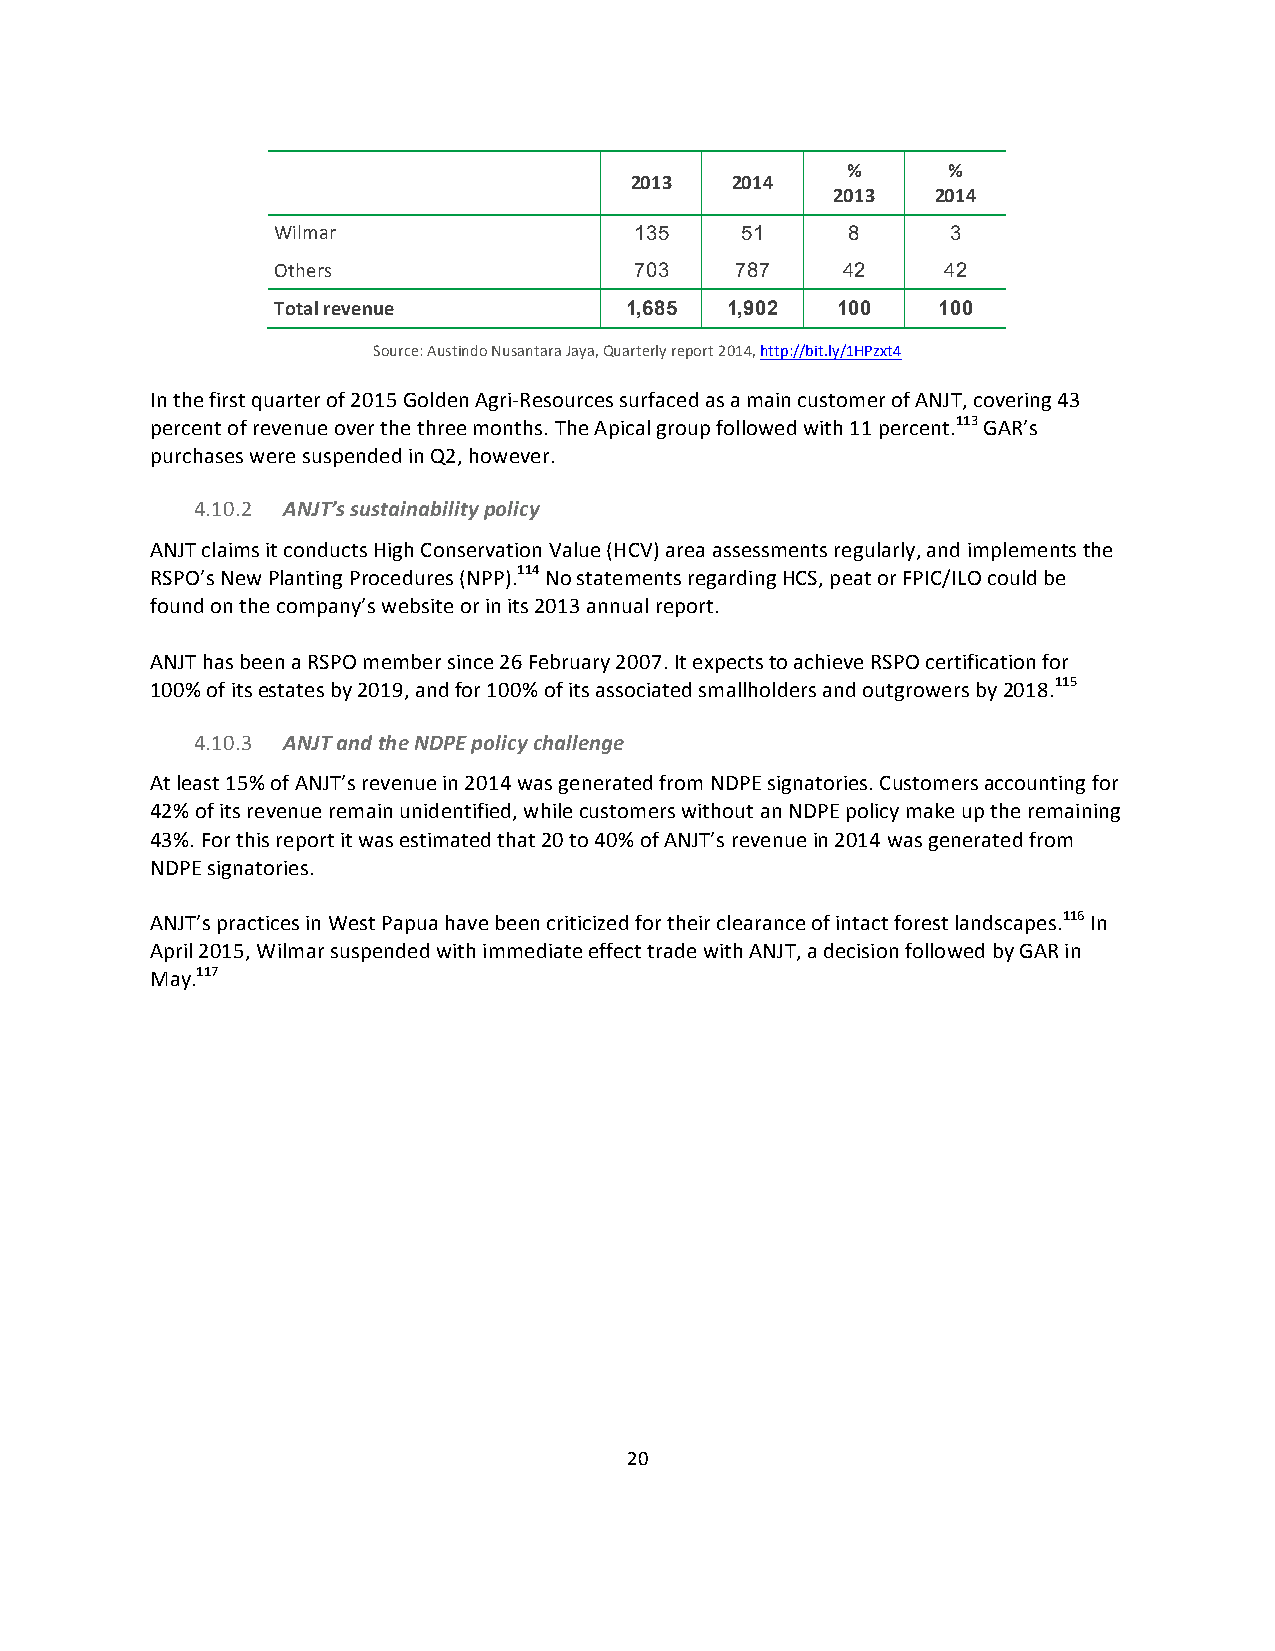
%      %
 2013  2014
 2013   2014
 Wilmar                  135    51     8      3
 Others                  703    787    42     42
 Total revenue          1,685  1,902  100    100
 Source: Austindo Nusantara Jaya, Quarterly report 2014, http://bit.ly/1HPzxt4
 In the first quarter of 2015 Golden Agri-­‐Resources surfaced as a main customer of ANJT, covering 43
 percent of revenue over the three months. The Apical group followed with 11 percent.113 GAR’s
 purchases were suspended in Q2, however.
 4.10.2 ANJT’s sustainability policy
 ANJT claims it conducts High Conservation Value (HCV) area assessments regularly, and implements the
 RSPO’s New Planting Procedures (NPP).114 No statements regarding HCS, peat or FPIC/ILO could be
 found on the company’s website or in its 2013 annual report.
 ANJT has been a RSPO member since 26 February 2007. It expects to achieve RSPO certification for
 100% of its estates by 2019, and for 100% of its associated smallholders and outgrowers by 2018.115
 4.10.3 ANJT and the NDPE policy challenge
 At least 15% of ANJT’s revenue in 2014 was generated from NDPE signatories. Customers accounting for
 42% of its revenue remain unidentified, while customers without an NDPE policy make up the remaining
 43%. For this report it was estimated that 20 to 40% of ANJT’s revenue in 2014 was generated from
 NDPE signatories.
 ANJT’s practices in West Papua have been criticized for their clearance of intact forest landscapes.116 In
 April 2015, Wilmar suspended with immediate effect trade with ANJT, a decision followed by GAR in
 May.117
 20